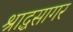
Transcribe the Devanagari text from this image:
श्राद्धसागर